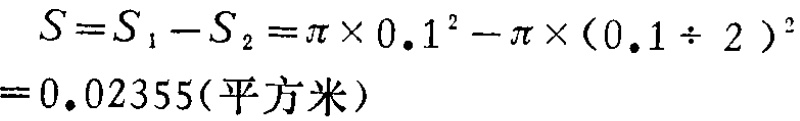
\[

\begin{align*}

S&=S_{1}-S_{2}=\pi\times0.1^{2}-\pi\times(0.1\div2)^{2}\\

&=0.02355(\text{平方米})

\end{align*}

\]